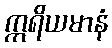
ဣရိယမာနံ